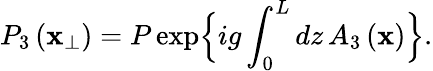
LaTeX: P_{3}\left(\mathbf{x}_{\perp}\right)=P\exp\Bigl\{ ig\int_{0}^{L}dz\, A_{3}\left(\mathbf{x}\right)\Bigr\} .